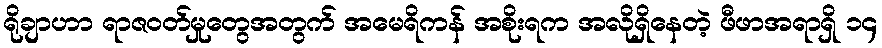
ရိုချာဟာ ရာဇဝတ်မှုတွေအတွက် အမေရိကန် အစိုးရက အလိုရှိနေတဲ့ ဖီဖာအရာရှိ ၁၄